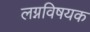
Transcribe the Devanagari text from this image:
लग्नविषयक